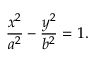
{ \frac { x ^ { 2 } } { a ^ { 2 } } } - { \frac { y ^ { 2 } } { b ^ { 2 } } } = 1 .